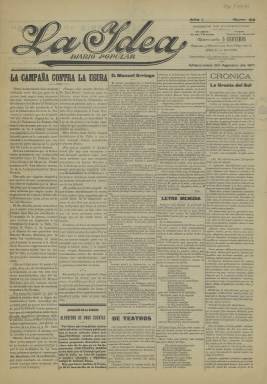
Título: La Idea (Jerez de la Frontera)
Colección: Periódicos
Ámbito geográfico: Cádiz
Lugar de publicación: Jerez de la Frontera [Cádiz]
Fechas: 30/08/1911-30/08/1911